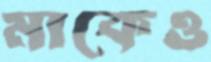
মাকেও